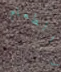
والطعام